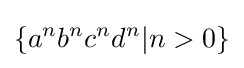
\{a^{n}b^{n}c^{n}d^{n}|n>0\}